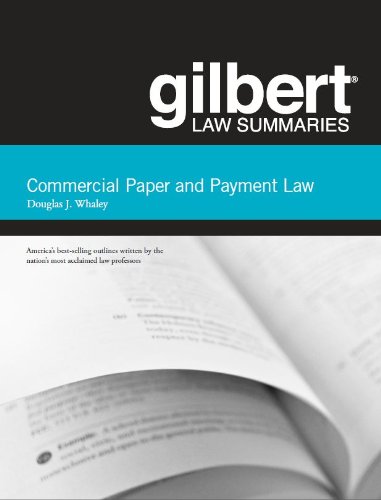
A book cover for Gilbert Law Summaries on Commercial Paper and Payment Law; Douglas Whaley; Law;